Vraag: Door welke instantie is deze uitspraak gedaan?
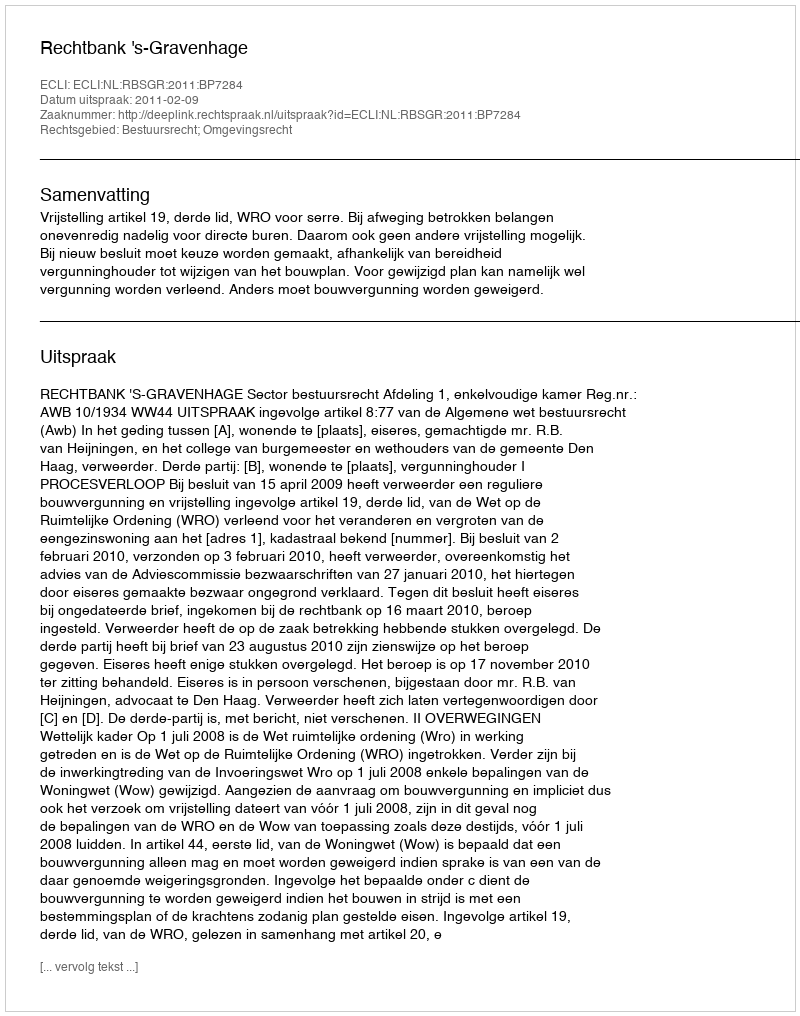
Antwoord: Rechtbank 's-Gravenhage